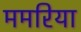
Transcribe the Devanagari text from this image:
ममरिया